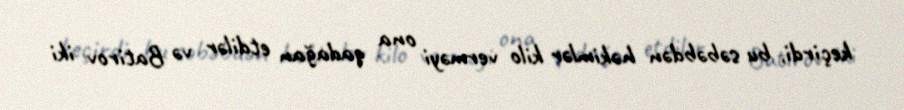
keçirdi, bu səbəbdən həkimlər kilo verməyi ona qadağan etdilər və Batirov iki